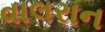
વાલરાન